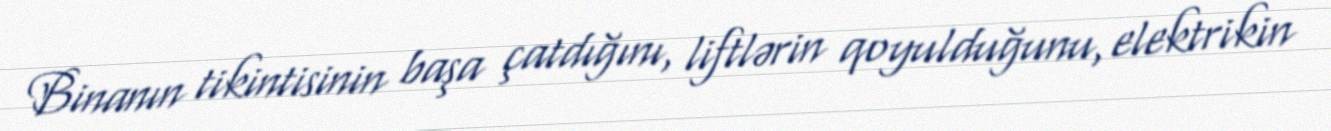
Binanın tikintisinin başa çatdığını, liftlərin qoyulduğunu, elektrikin